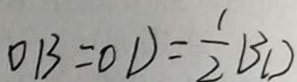
O B = O D = \frac { 1 } { 2 } B D